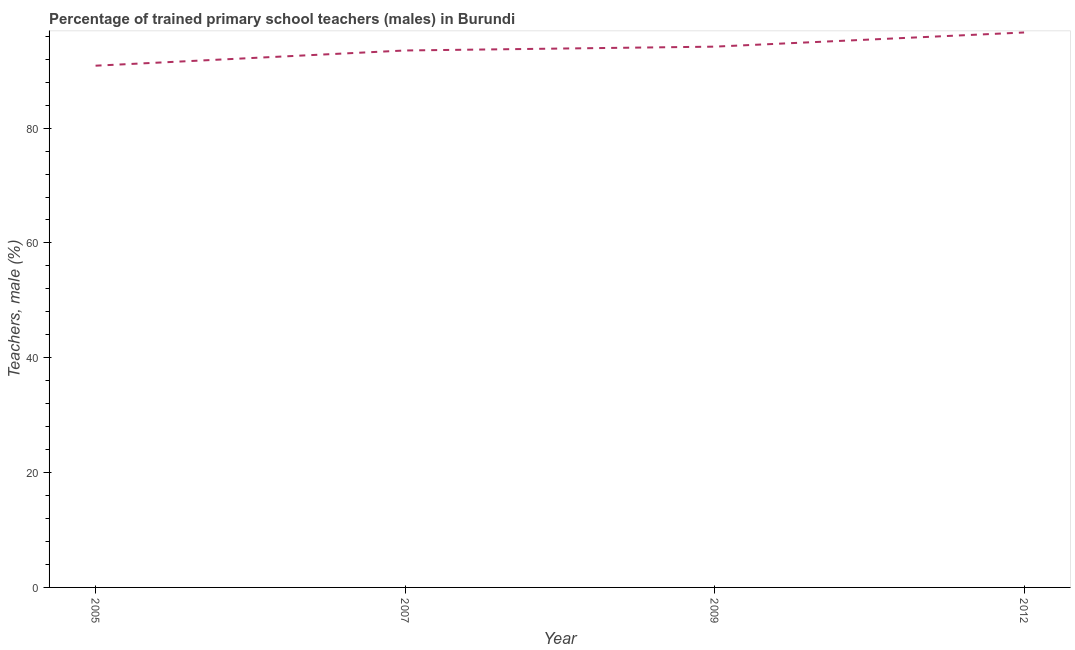
| Year | Trained teachers male |
 | --- | --- |
 | 2005 | 90.9 |
 | 2007 | 93.5 |
 | 2009 | 94.2 |
 | 2012 | 96.7 |